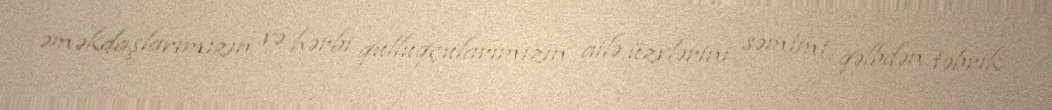
əməkdaşlarımızın və hərbi qulluqçularımızın ailə üzvlərini səmimi qəlbdən təbrik